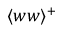
\langle w w \rangle ^ { + }